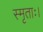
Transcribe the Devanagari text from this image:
स्मृताः।